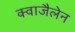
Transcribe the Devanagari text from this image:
क्वाजैलेन